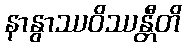
နာနွာဿဝိဿန္တီတိ